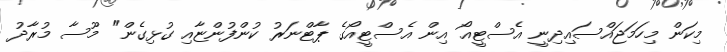
މިކަން މިހަމަޖައްސައިދިނީ އެސްޓީއޯ އިން އެސްޓީއޯގެ ޕާޓްނަރު ކުންފުންޏާއި ގުޅިގެން" މޫސާ މުރާދު